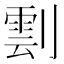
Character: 𠟙